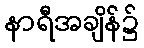
နာရီအချိန်၌